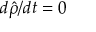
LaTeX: d { \hat { \rho } } / d t = 0